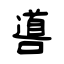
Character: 噵